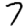
Digit: 7